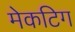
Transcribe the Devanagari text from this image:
मेकटिग